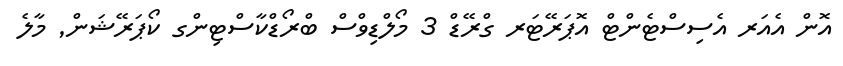
އޮން އެއަރ އެސިސްޓެންޓް އޮޕަރޭޓަރ ގްރޭޑް 3 މޯލްޑިވްސް ބްރޯޑްކާސްޓިންގ ކޯޕަރޭޝަން